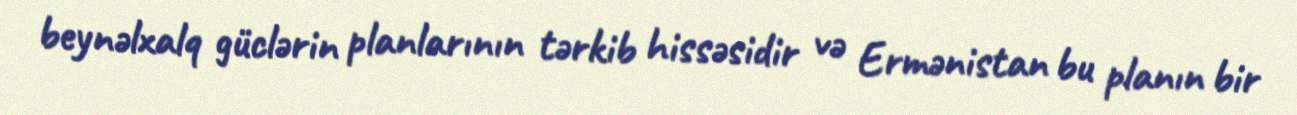
beynəlxalq güclərin planlarının tərkib hissəsidir və Ermənistan bu planın bir